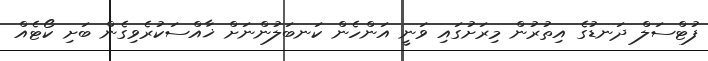
ފުޓްސަލް ދަނޑުގެ އިތުރުން މިރަށުގައި ވަނީ އަންހެން ކަނބަލުންނަށް ޚާއްސަކުރެވިގެން ބަށި ކޯޓެއް